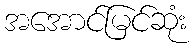
အအောင်မြင်ဆုံး